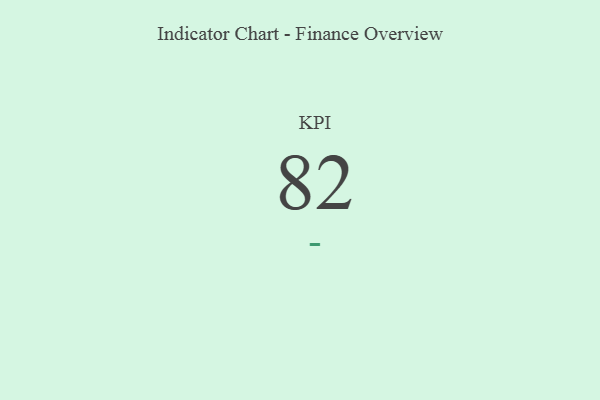
{"axis": {"x": "KPI", "y": "Value"}, "legend": [""], "data": [{"x": "KPI", "y": 82, "type": ""}]}